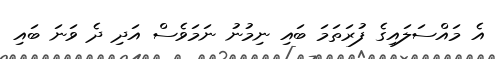
އެ މައްސަލައިގެ ފުރަތަމަ ބައި ނިމުނު ނަމަވެސް އަދި ދެ ވަނަ ބައި